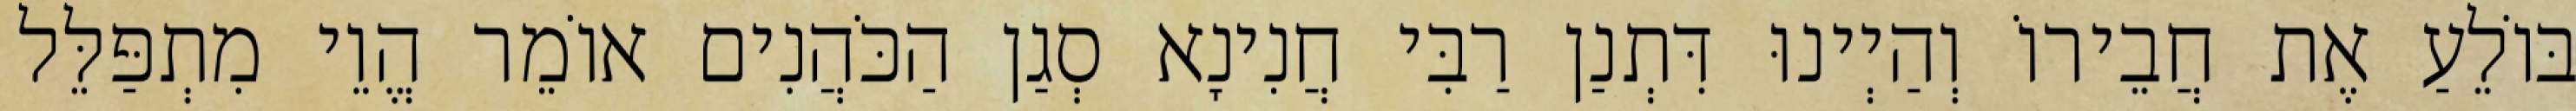
בּוֹלֵעַ אֶת חֲבֵירוֹ וְהַיְינוּ דִּתְנַן רַבִּי חֲנִינָא סְגַן הַכֹּהֲנִים אוֹמֵר הֱוֵי מִתְפַּלֵּל